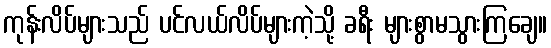
ကုန်းလိပ်များသည် ပင်လယ်လိပ်များကဲ့သို့ ခရီး များစွာမသွားကြချေ။